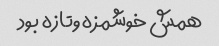
همش خوشمزه وتازه بود